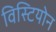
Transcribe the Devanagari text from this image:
विस्टियोन